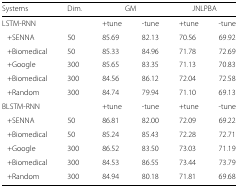
<table><thead><tr><td><b>Systems</b></td><td><b>Dim.</b></td><td colspan="2"><b>GM</b></td><td colspan="2"><b>JNLPBA</b></td></tr></thead><tbody><tr><td>LSTM-RNN</td><td></td><td>+tune</td><td>-tune</td><td>+tune</td><td>-tune</td></tr><tr><td>+SENNA</td><td>50</td><td>85.69</td><td>82.13</td><td>70.56</td><td>69.92</td></tr><tr><td>+Biomedical</td><td>50</td><td>85.33</td><td>84.96</td><td>71.78</td><td>72.69</td></tr><tr><td>+Google</td><td>300</td><td>85.65</td><td>83.35</td><td>71.13</td><td>70.83</td></tr><tr><td>+Biomedical</td><td>300</td><td>84.56</td><td>86.12</td><td>72.04</td><td>72.58</td></tr><tr><td>+Random</td><td>300</td><td>84.74</td><td>79.94</td><td>71.10</td><td>69.13</td></tr><tr><td>BLSTM-RNN</td><td></td><td>+tune</td><td>-tune</td><td>+tune</td><td>-tune</td></tr><tr><td>+SENNA</td><td>50</td><td>86.81</td><td>82.00</td><td>72.09</td><td>69.22</td></tr><tr><td>+Biomedical</td><td>50</td><td>85.24</td><td>85.43</td><td>72.28</td><td>72.71</td></tr><tr><td>+Google</td><td>300</td><td>86.52</td><td>83.50</td><td>73.03</td><td>71.19</td></tr><tr><td>+Biomedical</td><td>300</td><td>84.53</td><td>86.55</td><td>73.44</td><td>73.79</td></tr><tr><td>+Random</td><td>300</td><td>84.94</td><td>80.18</td><td>71.81</td><td>69.68</td></tr></tbody></table>